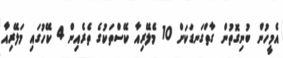
އެމީހުން ބުނިގޮތުން ގާތްގަނޑަކަށް 10 މެލޭރިއާ ކޭސްތަކުގެ ތެރެއިން 4 ކޭހުގައި މަލޭރިއާ